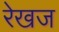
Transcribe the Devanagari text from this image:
रेखज